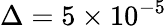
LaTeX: \Delta=5\times 10^{-5}